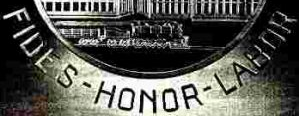
FIDES-HONOR-LABOR